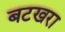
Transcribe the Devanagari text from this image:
बटखरा